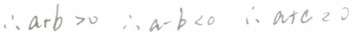
\therefore a + b > 0 \therefore a - b < 0 \therefore a + c < 0